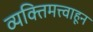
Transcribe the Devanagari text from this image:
व्यक्तिमत्त्वाहून